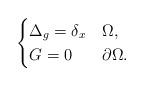
LaTeX: \begin{align*}\begin{cases}\Delta_g=\delta_x & \Omega, \\ G=0 & \partial\Omega.\end{cases}\end{align*}